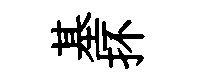
基抔